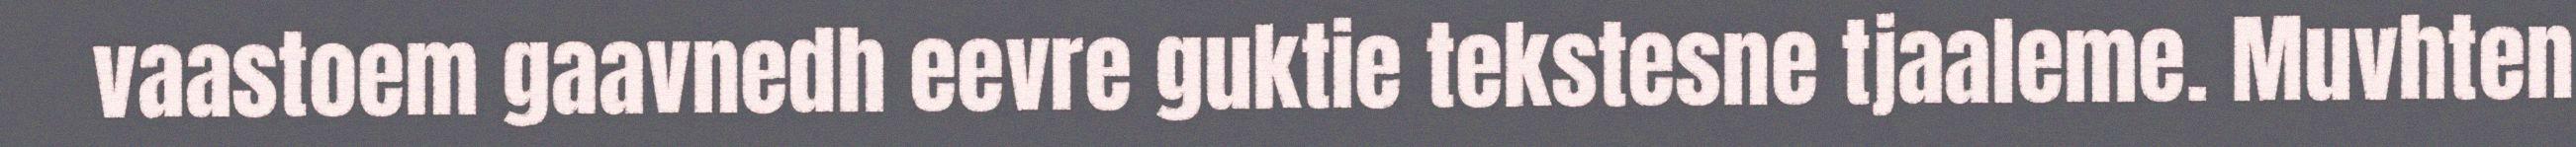
vaastoem gaavnedh eevre guktie tekstesne tjaaleme. Muvhten